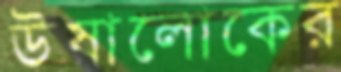
উষালোকের